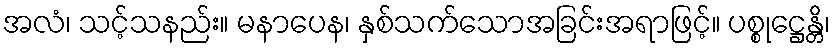
အလံ၊ သင့်သနည်း။ မနာပေန၊ နှစ်သက်သောအခြင်းအရာဖြင့်။ ပစ္စုဋ္ဌေန္တိ၊